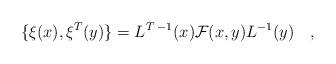
LaTeX: \begin{align*}\{\xi(x),\xi^T (y)\} = L^{T\;-1}(x){\cal F}(x,y)L^{-1}(y)\quad,\end{align*}